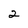
Character: 2